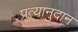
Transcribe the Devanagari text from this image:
प्रत्यानुदान